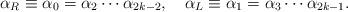
LaTeX: \begin{align*}\alpha_{R}\equiv \alpha_{0}= \alpha_{2} \cdots\alpha_{2k-2}, \quad\alpha_{L}\equiv \alpha_{1}= \alpha_{3} \cdots\alpha_{2k-1}.\end{align*}